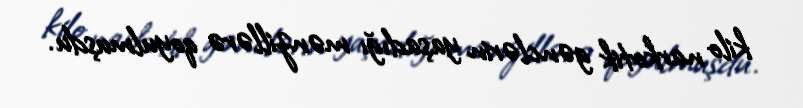
kilo narkotik gənclərin yaşadığı mənzillərə qoyulmuşdu.